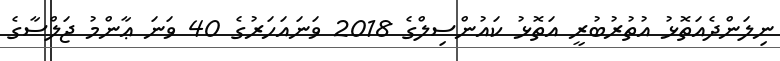
ނިލަންދެއަތޮޅު އުތުރުބުރީ އަތޮޅު ކައުންސިލްގެ 2018 ވަނައަހަރުގެ 40 ވަނަ ޢާންމު ޖަލްސާގެ